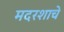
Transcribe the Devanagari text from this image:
मदरशाचे